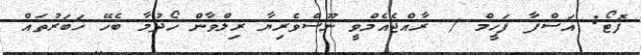
ފޮޓޯ: އަސްފާ ފަހީމް / ރާއްޖެއެމްވީ ނޫސްވެރިޔާ ރިލްވާން ހޯދުމާ ބެހޭ ޚަބަރުތައް